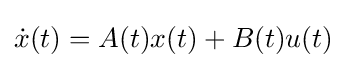
{\dot {x}}(t)=A(t)x(t)+B(t)u(t)